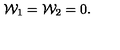
{ \cal W } _ { 1 } = { \cal W } _ { 2 } = 0 .